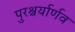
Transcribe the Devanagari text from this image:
पुरश्चर्यार्णव